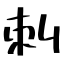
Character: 刺